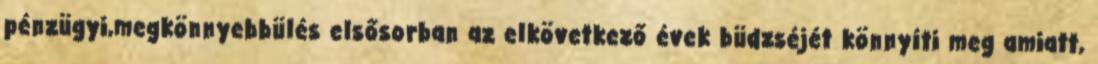
pénzügyi,megkönnyebbülés elsősorban az elkövetkező évek büdzséjét könnyíti meg amiatt,